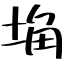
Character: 埆